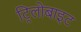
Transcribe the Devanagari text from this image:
ट्रिलोबाइट